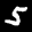
Label: 5